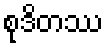
စုဒိတဿ